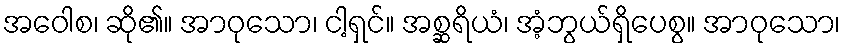
အဝေါစ၊ ဆို၏။ အာဝုသော၊ ငါ့ရှင်။ အစ္ဆရိယံ၊ အံ့ဘွယ်ရှိပေစွ။ အာဝုသော၊